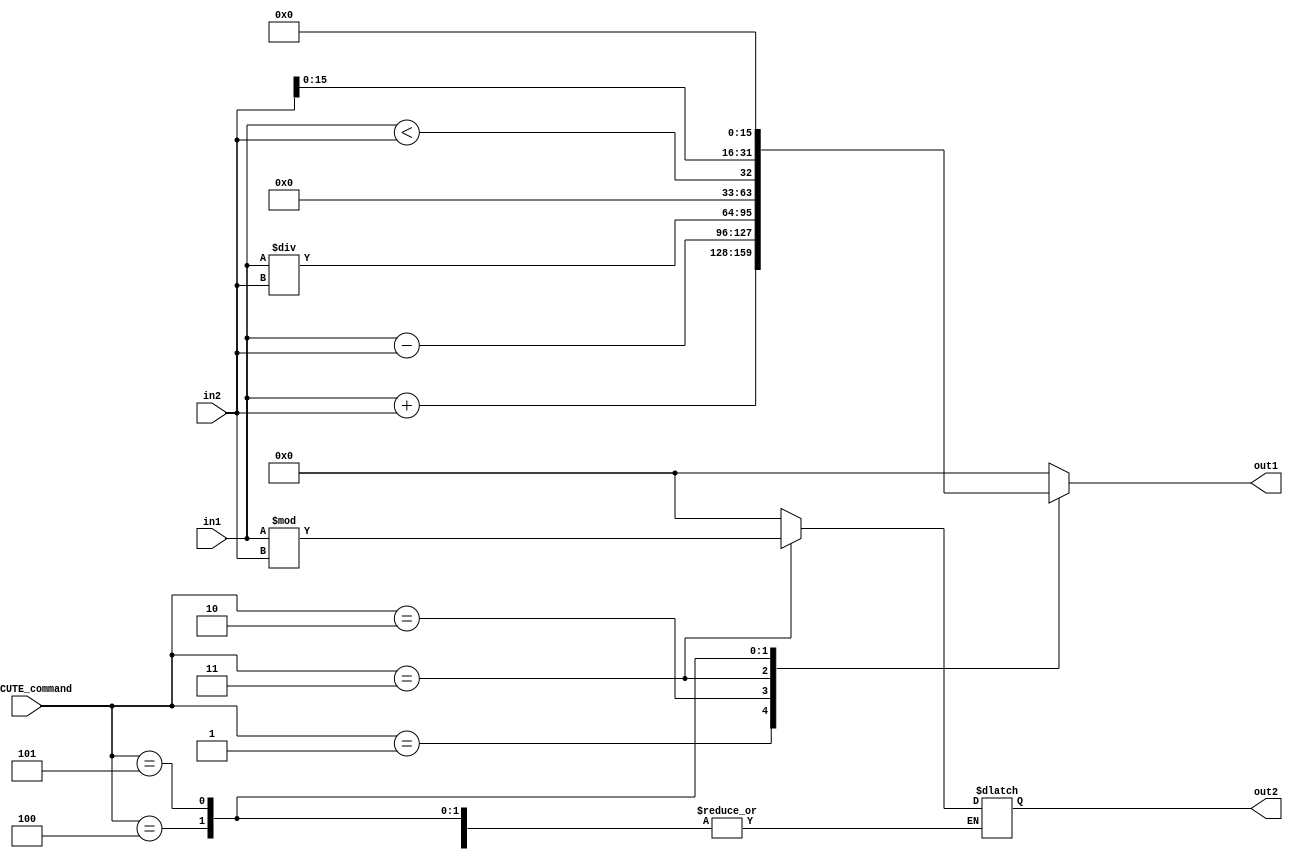
module alu (in1, in2, EXECUTE_command, out1, out2);

input [31:0] in1, in2;
input [3:0] EXECUTE_command;
output reg [31:0] out1, out2;

always @( * ) begin
    case (EXECUTE_command)
    4'b0001 : out1 <= in1 + in2; //add
    4'b0010 : out1 <= in1 - in2; //subtract
    4'b0011 : begin //division
         out1 <= in1 / in2; 
         out2 <= in1 % in2;
    end
    4'b0100 : out1 <= in1 < in2; //set less than immediate
    4'b0101 : out1 <= in2 << 16; //load upper immediate
    default: {out1, out2} <= 0;
    endcase
end

endmodule